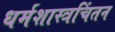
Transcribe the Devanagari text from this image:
धर्मशास्त्रचिंतन